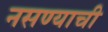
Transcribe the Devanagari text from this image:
नसण्याची